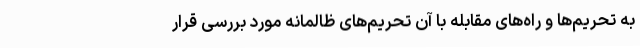
به تحریم‌ها و راه‌های مقابله با آن تحریم‌های ظالمانه مورد بررسی قرار